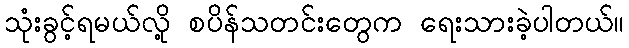
သုံးခွင့်ရမယ်လို့ စပိန်သတင်းတွေက ရေးသားခဲ့ပါတယ်။